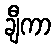
ချီကာ